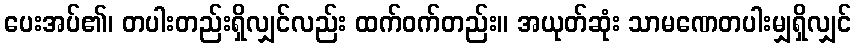
ပေးအပ်၏၊ တပါးတည်းရှိလျှင်လည်း ထက်ဝက်တည်း။ အယုတ်ဆုံး သာမဏေတပါးမျှရှိလျှင်